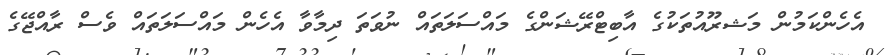
އެހެންކަމުން މަޝރޫއުތަކުގެ އާބިޓްރޭޝަންގެ މައްސަލަތައް ނުވަތަ ދިމާވާ އެހެން މައްސަލަތައް ވެސް ރާއްޖޭގެ